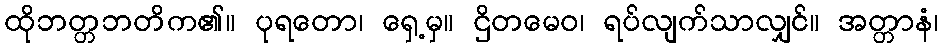
ထိုဘတ္တဘတိက၏။ ပုရတော၊ ရှေ့မှ။ ဌိတမေဝ၊ ရပ်လျက်သာလျှင်။ အတ္တာနံ၊